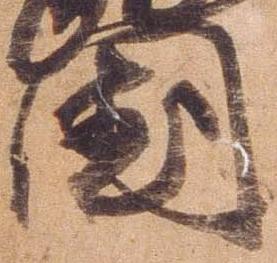
国